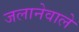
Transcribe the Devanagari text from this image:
जलानेवाले